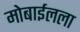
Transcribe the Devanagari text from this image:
मोबाईलला